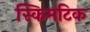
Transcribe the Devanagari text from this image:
स्किमटिक